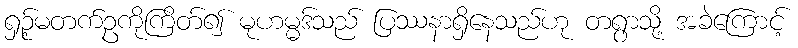
ရှဉ့်မတက်ဥကိုကြိတ်၍ မုဟမ္မဒ်သည် ပြဿနာရှိနေသည်ဟု တရွာသို့ အခဲကြောင့်